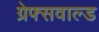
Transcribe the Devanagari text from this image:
ग्रेफ्सवाल्ड